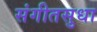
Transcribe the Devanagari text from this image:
संगीतसुधा